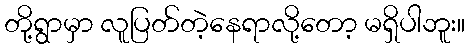
တို့ရွာမှာ လူပြတ်တဲ့နေရာလို့တော့ မရှိပါဘူး။